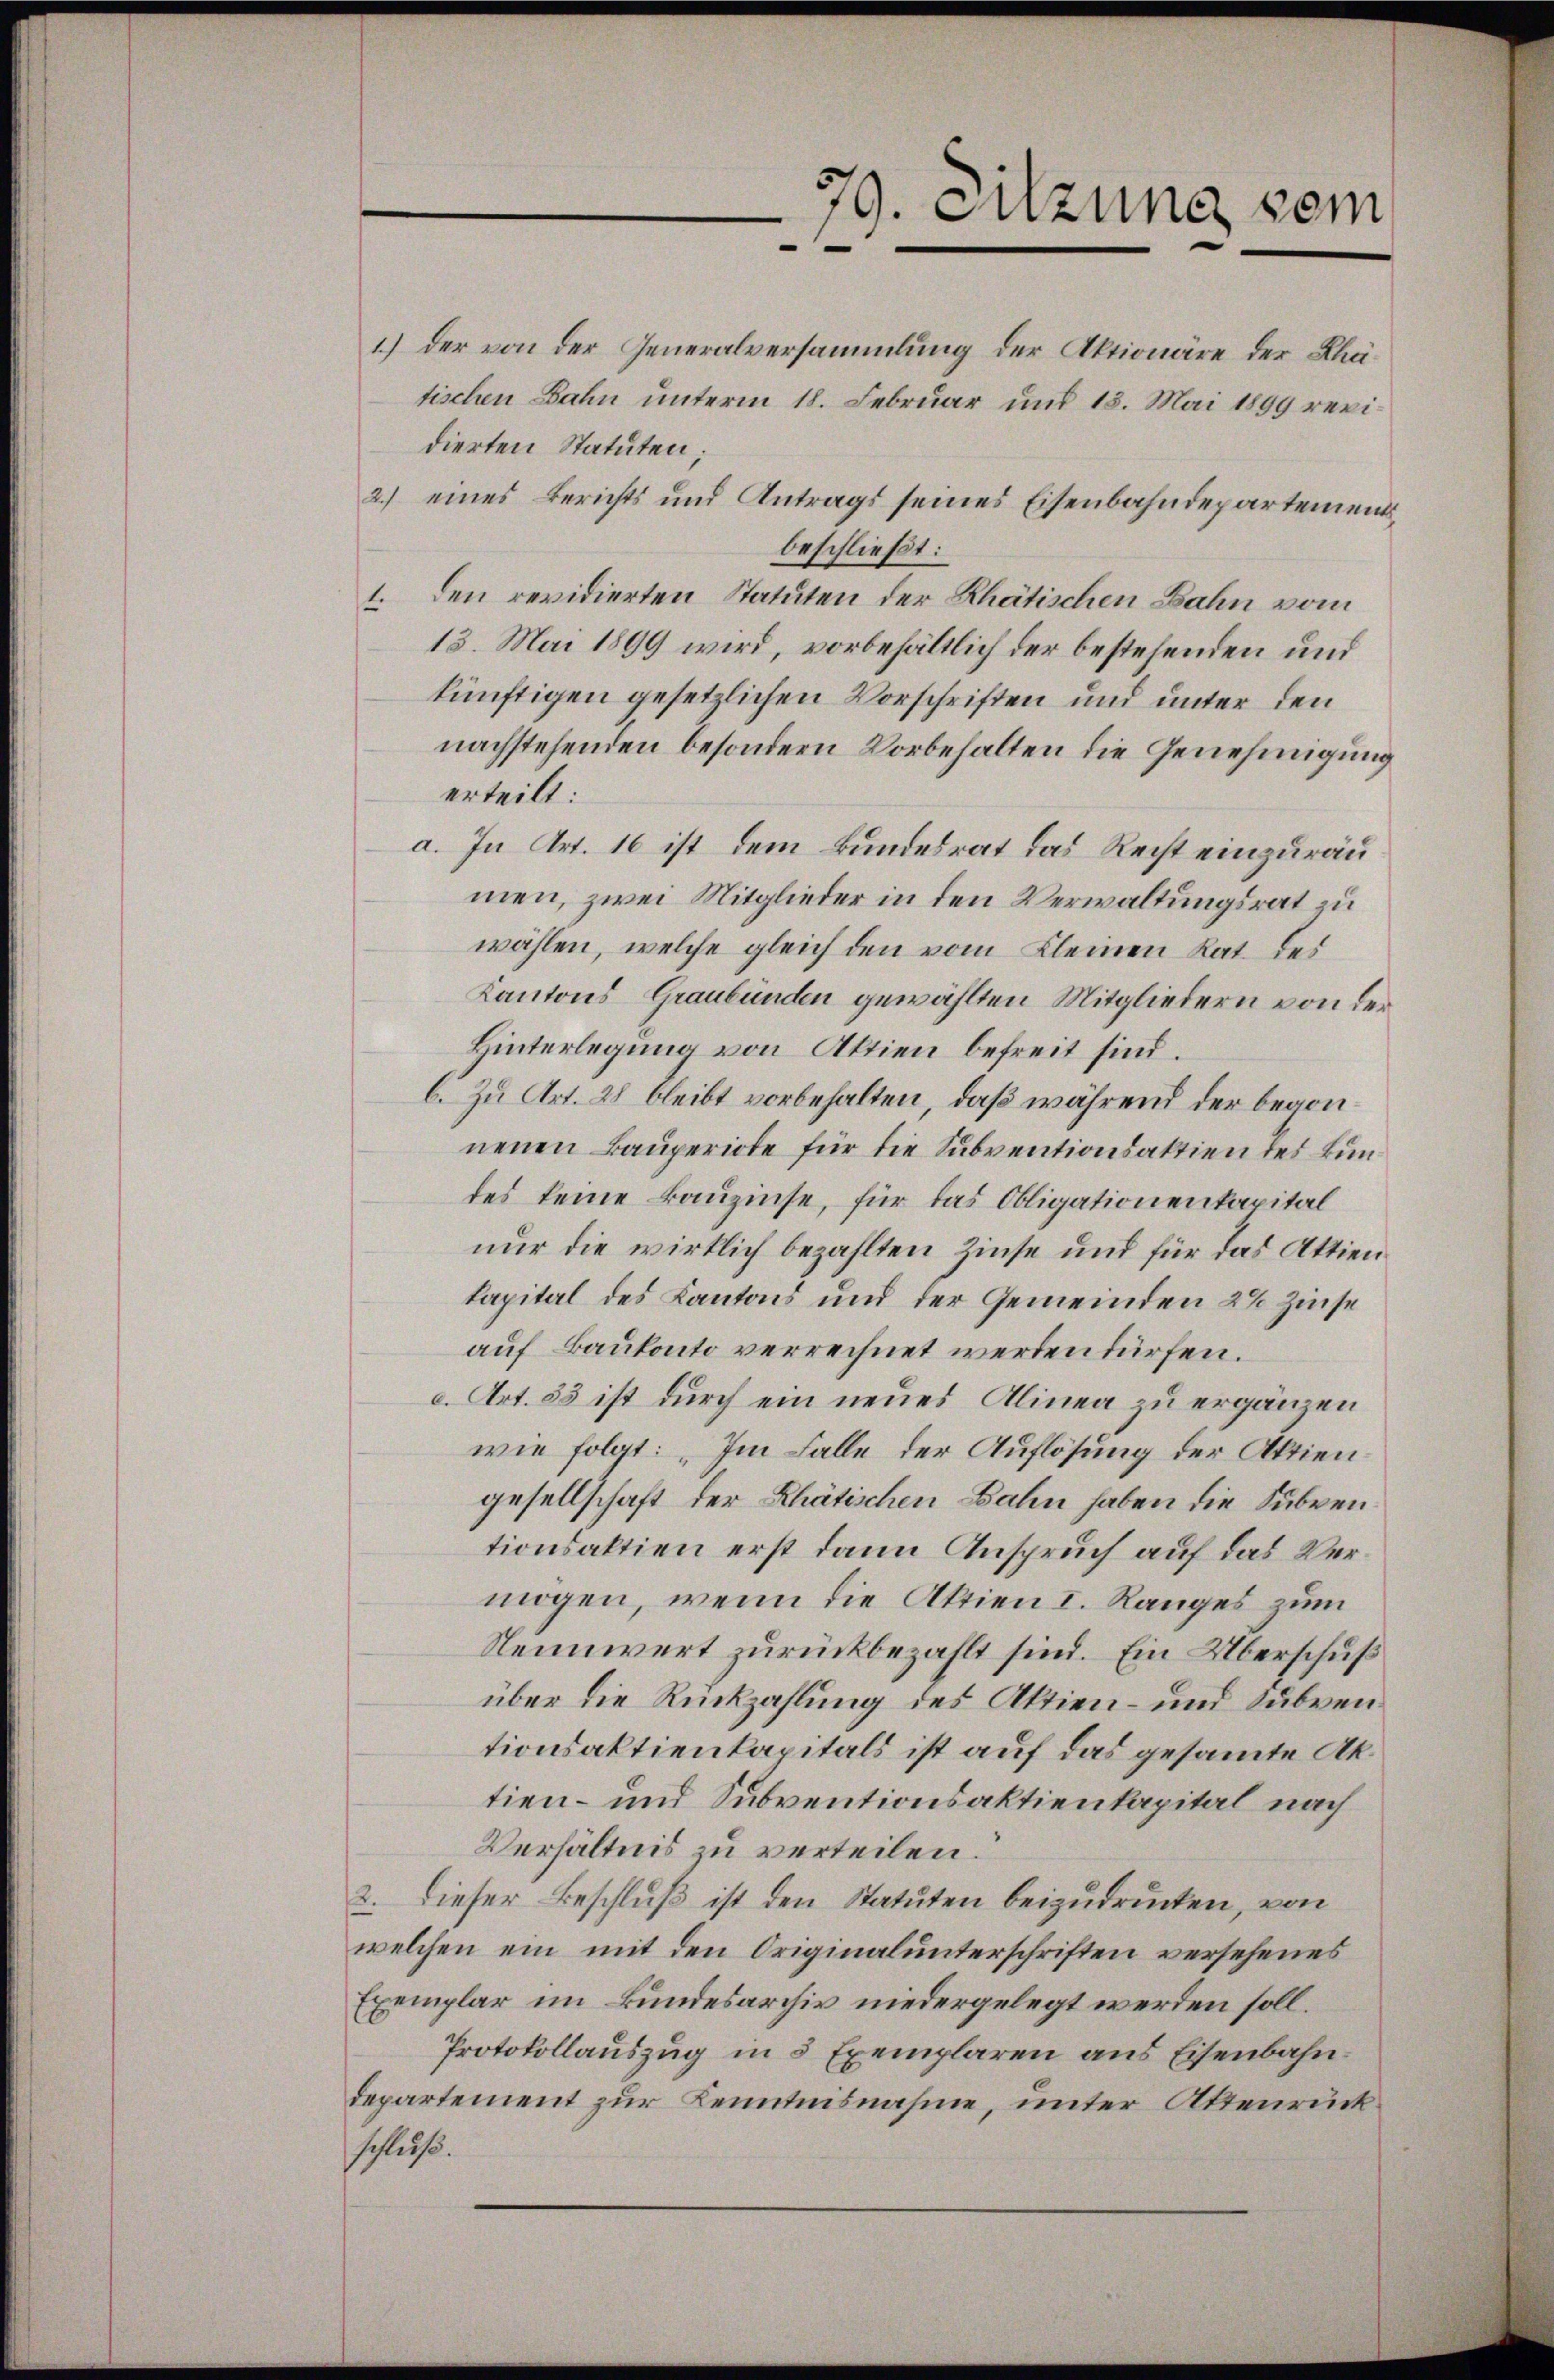
79. Sitzung dem

1.) Der von der Generalversammlung der Aktionäre der Thätischen Bahn unterm 18. Februar und 15. Mai 1899 revidierten Statuten;
2.) eines Berichts und Antrags seines Eisenbahndepartements
beschließt:
1. Den revidierten Statuten der Rhätischen Bahn vom
13. Mai 1899 wird, vorbehältlich der bestehenden und
künftigen gesetzlichen Vorschriften und unter den
nachstehenden besondern Vorbehalten die Genehmigung
erteilt:
a. In Art. 16 ist dem Bundesrat das Recht einzuräumen, zwei Mitglieder in den Verwaltungsrat zu
wählen, welche gleich den vom Kleinen Rat. des
Kantons Graubünden gewählten Mitgliedern von der
Hinterlegung von Aktien befreit sind.
b. Zu Art. 28 bleibt vorbehalten, daß während der begonneuen Bauperiote für die Subventionsaktien des Bundes keine Bauzinse, für das Obligationenkapital
nur die wirklich bezahlten Zinse und für das Attienkapital des Kantons und der Gemeinden 2% Zinse
auf Baukonto verrechnet werden dürfen.
c. Art. 85 ist durch ein neues Alinea zu ergänzen
wie folgt: „Im Falle der Auflösung der Aktien
gesellschaft der Rhätischen Bahn haben die Subventionsaktien erst dann Anspruch auf das Vermögen, wenn die Aktien I. Ranges zum
Nennwert zurückbezahlt sind. Ein Überschuß
über die Rückzahlung des Aktien- und Subven
tionsaktienkapitals ist auf das gesammte Aktien- und Subventionsaktienkapital nach
Verhältnis zu verteilen.
2. Dieser Beschluß ist den Statuten beizudrücken, von
welchen ein mit den Originalunterschriften versehenes
Exemplar im Bundesarchiv niedergelegt werden soll.
Protokollauszug in 5 Exemplaren aus Eisenbahndepartement zur Kenntnisnahme, unter Attenrückschluß.